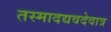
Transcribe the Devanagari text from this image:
तस्मादद्यवदेवात्र